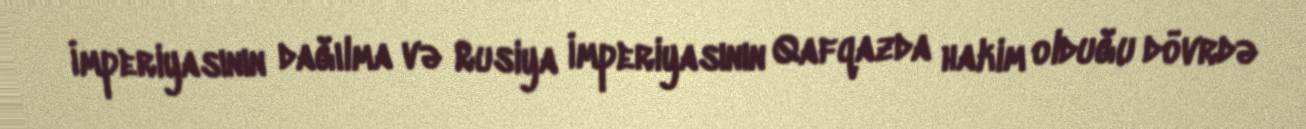
İmperiyasının dağılma və Rusiya İmperiyasının Qafqazda hakim olduğu dövrdə